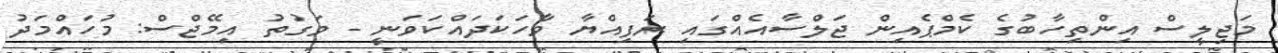
މަޖިލީސް އިންތިހާބުގެ ކެމްޕެއިން ޖަލްސާއެއްގައި ރަފިއްޔާ ވާހަކަދައްކަވަނީ - ވަގުތު އިމޭޖްސް: މުހައްމަދު